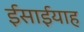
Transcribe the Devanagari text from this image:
ईसाईयाह